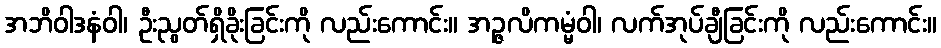
အဘိဝါဒနံဝါ၊ ဦးညွတ်ရှိခိုးခြင်းကို လည်းကောင်း။ အဉ္ဇလိကမ္မံဝါ၊ လက်အုပ်ချီခြင်းကို လည်းကောင်း။